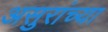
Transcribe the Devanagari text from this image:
असुरांच्या